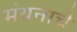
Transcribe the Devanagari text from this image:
मंथनाचे